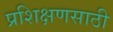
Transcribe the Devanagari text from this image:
प्रशिक्षणसाठी